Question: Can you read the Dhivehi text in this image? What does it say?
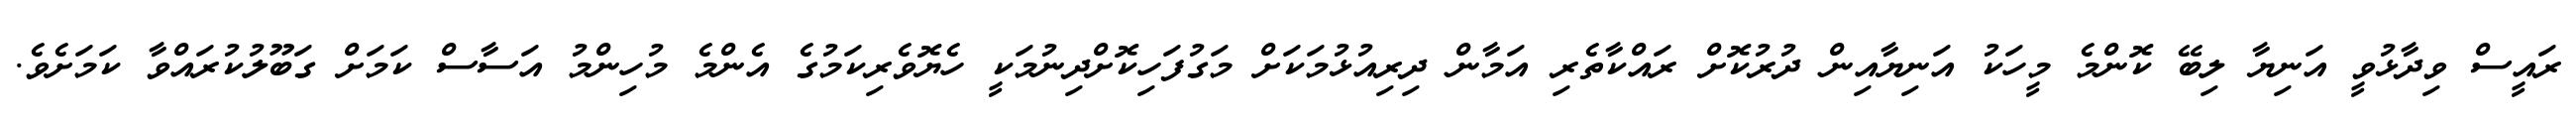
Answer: ރައީސް ވިދާޅުވީ އަނިޔާ ލިބޭ ކޮންމެ މީހަކު އަނިޔާއިން ދުރުކޮށް ރައްކާތެރި އަމާން ދިރިއުޅުމަކަށް މަގުފަހިކޮށްދިނުމަކީ ހެޔޮވެރިކަމުގެ އެންމެ މުހިންމު އަސާސް ކަމަށް ގަބޫލުކުރައްވާ ކަމަށެވެ.